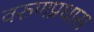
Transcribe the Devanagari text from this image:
वरुणप्रधास